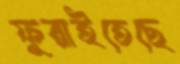
ফুরাইতেছে